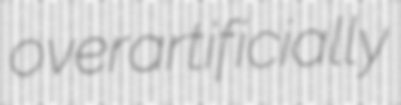
overartificially